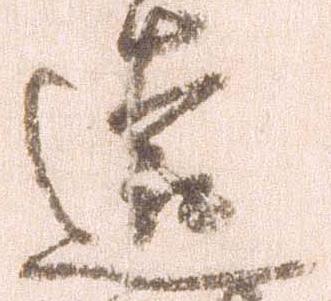
遠